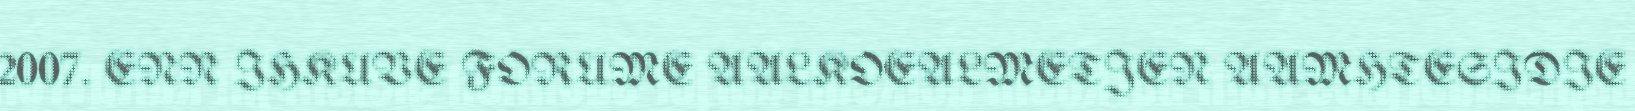
2007. ENN IHKUVE FORUME AALKOEALMETJEN AAMHTESIDIE